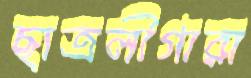
ছাত্রলীগারা